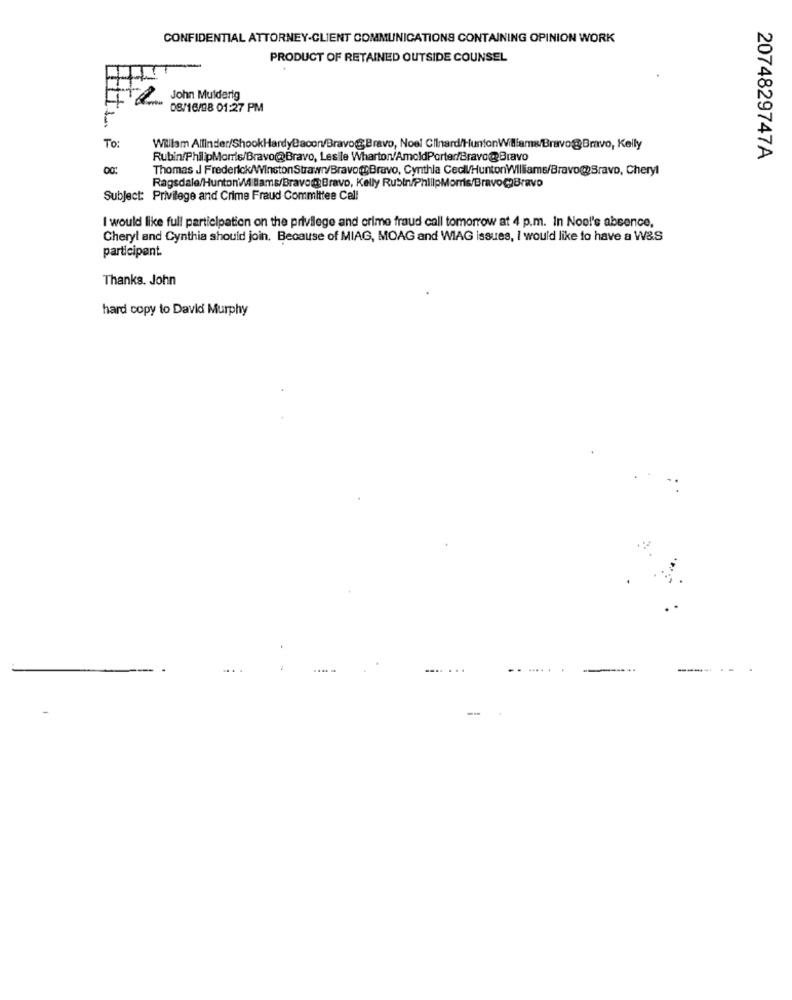
CONFIDENTIAL ATTORNEY-CLIENT COMMUNICATIONS CONTAINING OPINION WORK
PRODUCT OF RETAINED OUTSIDE COUNSEL
-1
John Mulderig
08/16/88 01:27 PM
To:
Willam Allinder/ShookHardyBacon/Bravo@Bravo, Noel Clinard/HuntonWilliams/Bravo@Bravo, Kelly
Rubin/PhilipMorris/Bravo@Bravo, Leslle Wharton/AmoldPorter/Bravo@Bravo
2074829747A
00:
Thomas J Frederick/WinstonStrawn/Bravo@Bravo, Cynthia Ceci/HuntonWilliams/Bravo@Bravo, Cheryl
Ragsdale/Huntoni/4 Bams/Bravo@Bravo, Kelly RubiniPhilipMorris/Bravo@Bravo
Subject: Privilege and Crime Fraud Committee Cell
I would like full participation on the privilege and crime fraud call tomorrow at 4 p.m. In Nool's absence.
Cheryl and Cynthia should join, Because of MIAG, MOAG and WIAG issues, I would like to have a W&S
participant.
Thanks. John
hard copy to David Murphy
.... ...
.. .
.... .
--